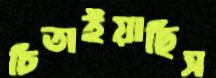
চিতাইয়াছিস